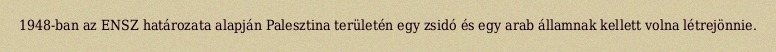
1948-ban az ENSZ határozata alapján Palesztina területén egy zsidó és egy arab államnak kellett volna létrejönnie.